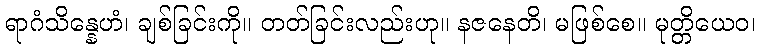
ရာဂံသိန္နေဟံ၊ ချစ်ခြင်းကို။ တတ်ခြင်းလည်းဟု။ နဇနေတိ၊ မဖြစ်စေ။ မုတ္တိယေဝ၊